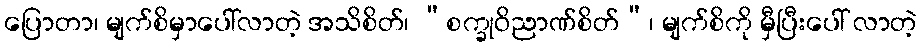
ပြောတာ၊ မျက်စိမှာပေါ်လာတဲ့ အသိစိတ်၊ “စက္ခုဝိညာဏ်စိတ်”၊ မျက်စိကို မှီပြီးပေါ် လာတဲ့